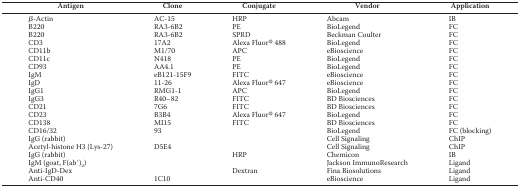
<table><thead><tr><td><b>Antigen</b></td><td><b>Clone</b></td><td><b>Conjugate</b></td><td><b>Vendor</b></td><td><b>Application</b></td></tr></thead><tbody><tr><td>β-Actin</td><td>AC-15</td><td>HRP</td><td>Abcam</td><td>IB</td></tr><tr><td>B220</td><td>RA3-6B2</td><td>PE</td><td>BioLegend</td><td>FC</td></tr><tr><td>B220</td><td>RA3-6B2</td><td>SPRD</td><td>Beckman Coulter</td><td>FC</td></tr><tr><td>CD3</td><td>17A2</td><td>Alexa Fluor® 488</td><td>BioLegend</td><td>FC</td></tr><tr><td>CD11b</td><td>M1/70</td><td>APC</td><td>eBioscience</td><td>FC</td></tr><tr><td>CD11c</td><td>N418</td><td>PE</td><td>BioLegend</td><td>FC</td></tr><tr><td>CD93</td><td>AA4.1</td><td>PE</td><td>BioLegend</td><td>FC</td></tr><tr><td>IgM</td><td>eB121-15F9</td><td>FITC</td><td>eBioscience</td><td>FC</td></tr><tr><td>IgD</td><td>11-26</td><td>Alexa Fluor® 647</td><td>eBioscience</td><td>FC</td></tr><tr><td>IgG1</td><td>RMG1-1</td><td>APC</td><td>BioLegend</td><td>FC</td></tr><tr><td>IgG3</td><td>R40–82</td><td>FITC</td><td>BD Biosciences</td><td>FC</td></tr><tr><td>CD21</td><td>7G6</td><td>FITC</td><td>BD Biosciences</td><td>FC</td></tr><tr><td>CD23</td><td>B3B4</td><td>Alexa Fluor® 647</td><td>BioLegend</td><td>FC</td></tr><tr><td>CD138</td><td>MI15</td><td>FITC</td><td>BD Biosciences</td><td>FC</td></tr><tr><td>CD16/32</td><td>93</td><td></td><td>BioLegend</td><td>FC (blocking)</td></tr><tr><td>IgG (rabbit)</td><td></td><td></td><td>Cell Signaling</td><td>ChIP</td></tr><tr><td>Acetyl-histone H3 (Lys-27)</td><td>D5E4</td><td></td><td>Cell Signaling</td><td>ChIP</td></tr><tr><td>IgG (rabbit)</td><td></td><td>HRP</td><td>Chemicon</td><td>IB</td></tr><tr><td>IgM (goat, F(ab′)<sub>2</sub>)</td><td></td><td></td><td>Jackson ImmunoResearch</td><td>Ligand</td></tr><tr><td>Anti-IgD-Dex</td><td></td><td>Dextran</td><td>Fina Biosolutions</td><td>Ligand</td></tr><tr><td>Anti-CD40</td><td>1C10</td><td></td><td>eBioscience</td><td>Ligand</td></tr></tbody></table>